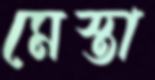
মেস্তা